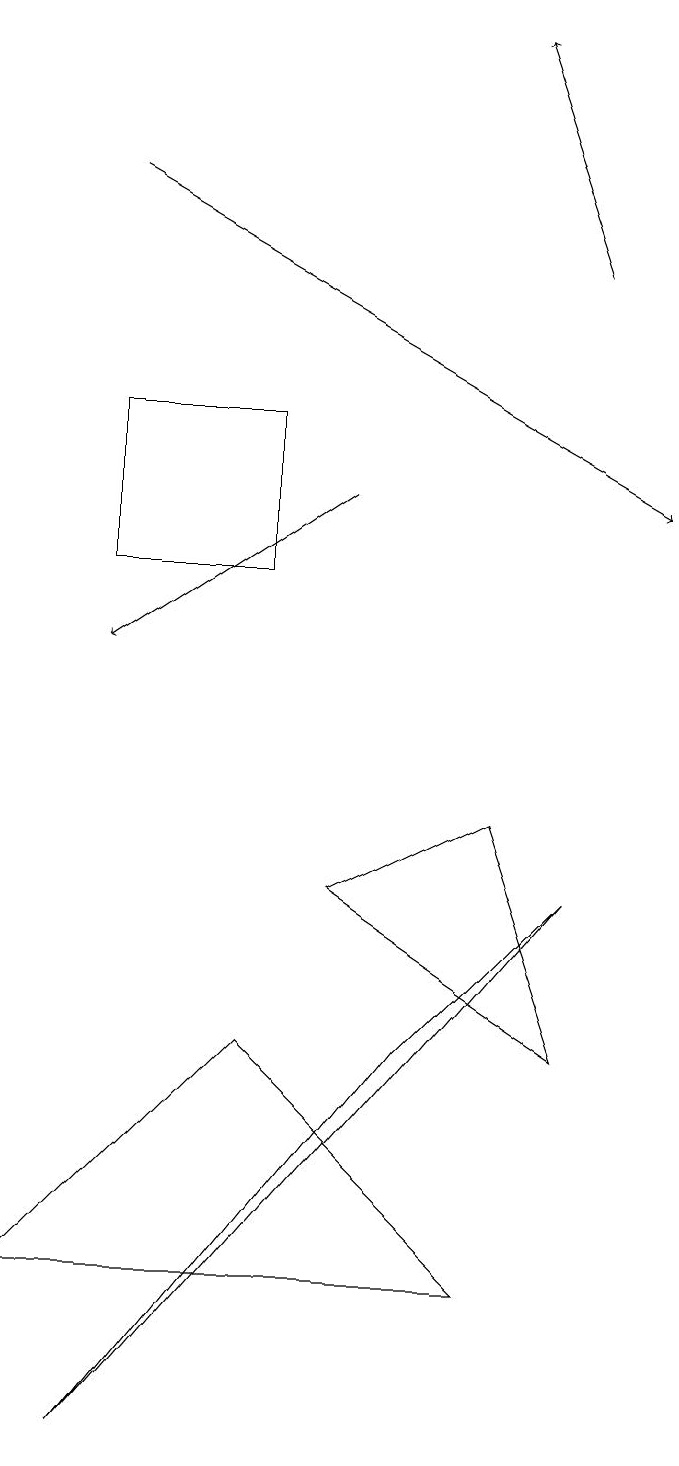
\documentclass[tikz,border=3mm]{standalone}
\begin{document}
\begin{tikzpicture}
\draw (1,3) -- (4,6) -- (7,3) -- cycle;
\draw (8,6) -- (5,8) -- (7,9) -- cycle;
\draw[->] (2,17) -- (9,13);
\draw (2,1) -- (6,6) -- (8,8) -- cycle;
\draw (4,12) rectangle (2,14);
\draw[->] (5,13) -- (2,11);
\draw[->] (8,16) -- (7,19);
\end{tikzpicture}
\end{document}